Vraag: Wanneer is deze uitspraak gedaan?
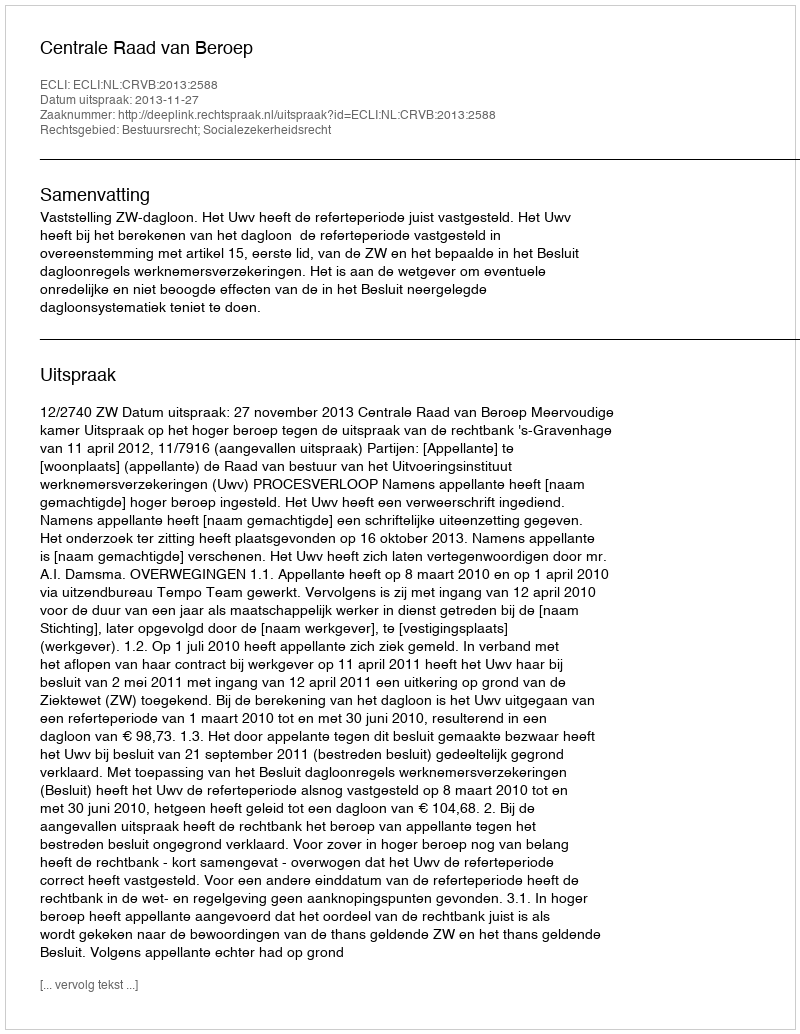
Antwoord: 2013-11-27